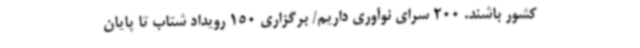
کشور باشند. 200 سرای نوآوری داریم/ برگزاری 150 رویداد شتاب تا پایان